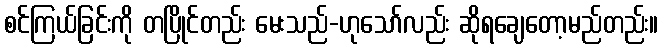
စင်ကြယ်ခြင်းကို တပြိုင်တည်း မေးသည်-ဟုသော်လည်း ဆိုရချေတော့မည်တည်း။